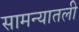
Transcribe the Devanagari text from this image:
सामन्यातली